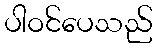
ပါဝင်ပေသည်